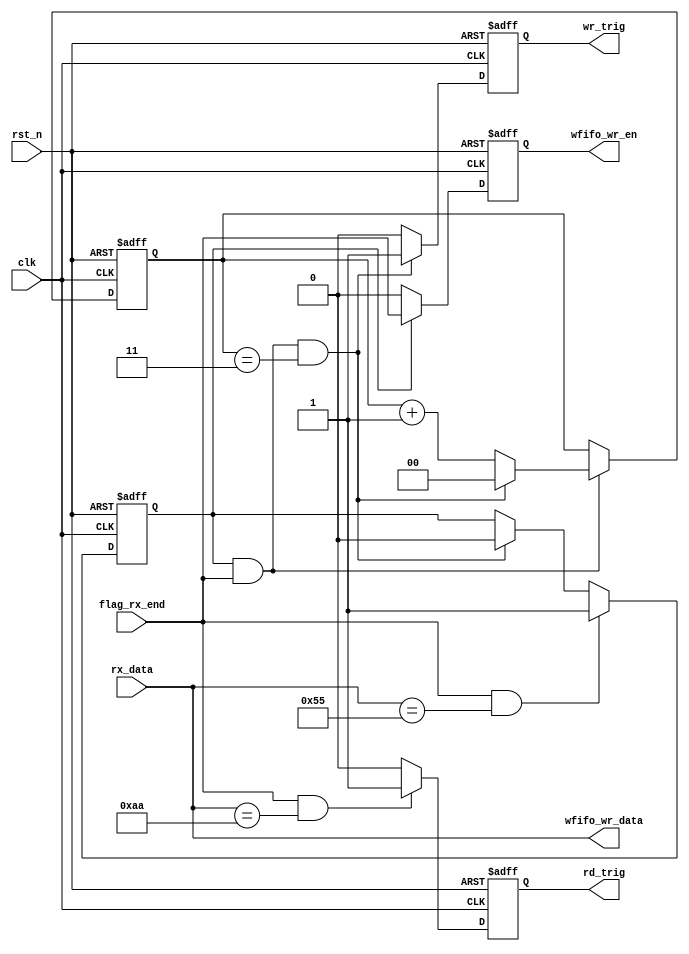
/************************************************************************
 * Create time   : 2018-04-29 20:44
 * Description   : 
 * *********************************************************************/
module  decode(
        input                   clk                     ,
        input                   rst_n                   ,
        //uart_rx
        input         [ 7: 0]   rx_data                 ,
        input                   flag_rx_end             ,
        output  reg             wr_trig                 ,
        output  reg             rd_trig                 ,
        output  reg             wfifo_wr_en             ,
        output  wire  [ 7: 0]   wfifo_wr_data 
);
//=====================================================================\
// ********** Define Parameter and Internal Signals *************
//=====================================================================/
parameter   CNT_END     =       4                               ;

reg     [ 1: 0]                 cnt                             ;
wire                            add_cnt                         ;
wire                            end_cnt                         ;

reg                             flag                            ;

//======================================================================
// ***************      Main    Code    ****************
//======================================================================
//cnt
always @(posedge clk or negedge rst_n)begin
    if(!rst_n)begin
        cnt <= 0;
    end
    else if(add_cnt)begin
        if(end_cnt)
            cnt <= 0;
        else
            cnt <= cnt + 1;
    end
end

assign  add_cnt     =       flag && flag_rx_end;       
assign  end_cnt     =       add_cnt && cnt == CNT_END-1;

//flag
always  @(posedge clk or negedge rst_n)begin
    if(rst_n==1'b0)begin
        flag    <=  1'b0;
    end
    else if(flag_rx_end && rx_data == 8'h55)begin
        flag    <=  1'b1;
    end
    else if(end_cnt)begin
        flag    <=  1'b0;
    end
end

//wr_trig
always  @(posedge clk or negedge rst_n)begin
    if(rst_n==1'b0)begin
        wr_trig <=  1'b0;
    end
    else if(add_cnt && cnt == 'd3)begin
        wr_trig <=  1'b1;
    end
    else begin
        wr_trig <=  1'b0;
    end
end

//rd_trig
always  @(posedge clk or negedge rst_n)begin
    if(rst_n==1'b0)begin
        rd_trig <=  1'b0;
    end
    else if(flag_rx_end && rx_data == 8'haa)begin
        rd_trig <=  1'b1;
    end
    else begin
        rd_trig <=  1'b0;
    end
end

//wfifo_wr_en
always  @(posedge clk or negedge rst_n)begin
    if(rst_n==1'b0)begin
        wfifo_wr_en <=  1'b0;
    end
    else if(flag)begin
        wfifo_wr_en <=  flag_rx_end;
    end
    else begin
        wfifo_wr_en <=  1'b0;
    end
end

assign  wfifo_wr_data   =   rx_data;






endmodule